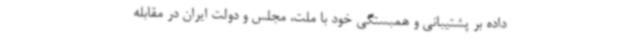
داده بر پشتیبانی و همبستگی خود با ملت، مجلس و دولت ایران در مقابله